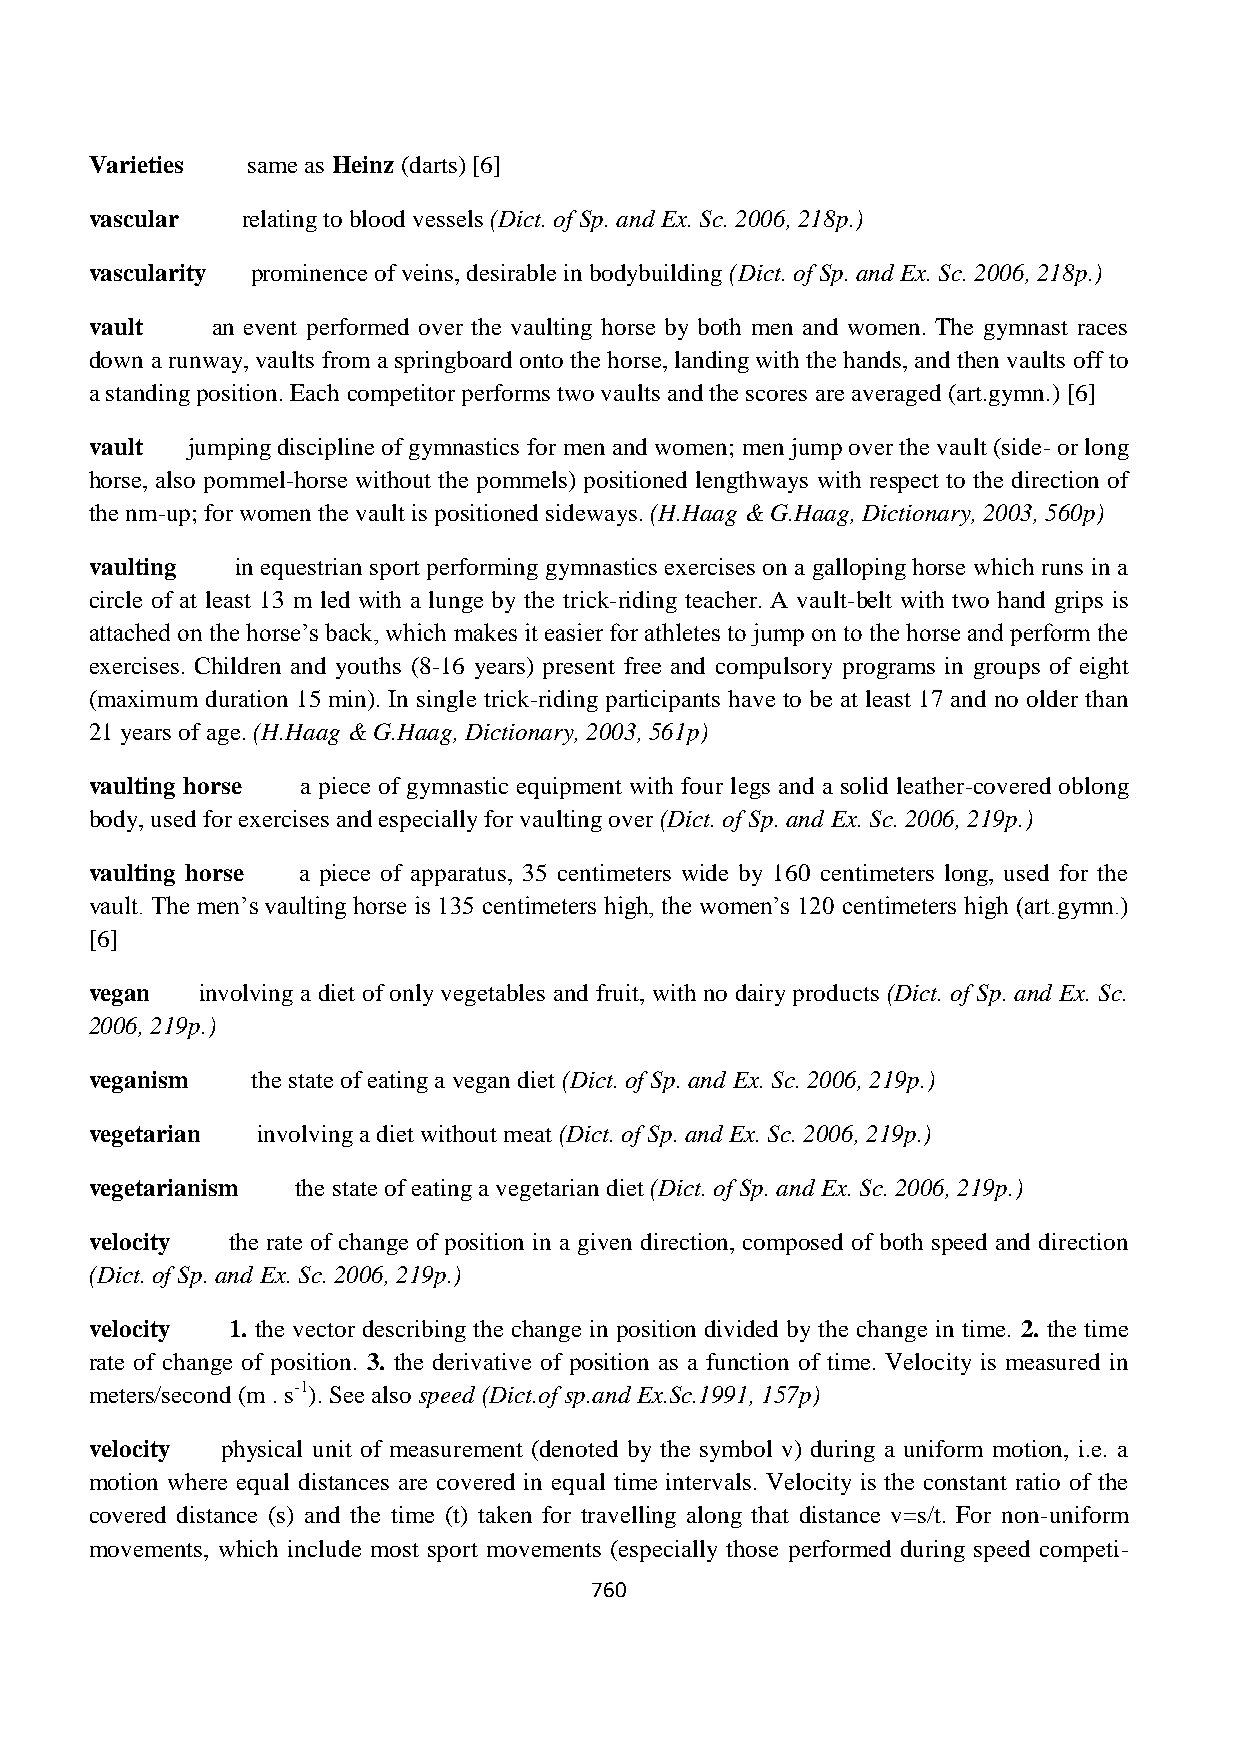
Varieties same as Heinz (darts) [6]
 vascular  relating to blood vessels (Dict. of Sp. and Ex. Sc. 2006, 218p.)
 vascularity prominence of veins, desirable in bodybuilding (Dict. of Sp. and Ex. Sc. 2006, 218p.)
 vault   an event performed over the vaulting horse by both men and women. The gymnast races
 down a runway, vaults from a springboard onto the horse, landing with the hands, and then vaults off to
 a standing position. Each competitor performs two vaults and the scores are averaged (art.gymn.) [6]
 vault jumping discipline of gymnastics for men and women; men jump over the vault (side- or long
 horse, also pommel-horse without the pommels) positioned lengthways with respect to the direction of
 the nm-up; for women the vault is positioned sideways. (H.Haag & G.Haag, Dictionary, 2003, 560p)
 vaulting  in equestrian sport performing gymnastics exercises on a galloping horse which runs in a
 circle of at least 13 m led with a lunge by the trick-riding teacher. A vault-belt with two hand grips is
 attached on the horse‟s back, which makes it easier for athletes to jump on to the horse and perform the
 exercises. Children and youths (8-16 years) present free and compulsory programs in groups of eight
 (maximum duration 15 min). In single trick-riding participants have to be at least 17 and no older than
 21 years of age. (H.Haag & G.Haag, Dictionary, 2003, 561p)
 vaulting horse a piece of gymnastic equipment with four legs and a solid leather-covered oblong
 body, used for exercises and especially for vaulting over (Dict. of Sp. and Ex. Sc. 2006, 219p.)
 vaulting horse a piece of apparatus, 35 centimeters wide by 160 centimeters long, used for the
 vault. The men‟s vaulting horse is 135 centimeters high, the women‟s 120 centimeters high (art.gymn.)
 [6]
 vegan  involving a diet of only vegetables and fruit, with no dairy products (Dict. of Sp. and Ex. Sc.
 2006, 219p.)
 veganism   the state of eating a vegan diet (Dict. of Sp. and Ex. Sc. 2006, 219p.)
 vegetarian involving a diet without meat (Dict. of Sp. and Ex. Sc. 2006, 219p.)
 vegetarianism the state of eating a vegetarian diet (Dict. of Sp. and Ex. Sc. 2006, 219p.)
 velocity the rate of change of position in a given direction, composed of both speed and direction
 (Dict. of Sp. and Ex. Sc. 2006, 219p.)
 velocity 1. the vector describing the change in position divided by the change in time. 2. the time
 rate of change of position. 3. the derivative of position as a function of time. Velocity is measured in
 meters/second (m . s-1). See also speed (Dict.of sp.and Ex.Sc.1991, 157p)
 velocity physical unit of measurement (denoted by the symbol v) during a uniform motion, i.e. a
 motion where equal distances are covered in equal time intervals. Velocity is the constant ratio of the
 covered distance (s) and the time (t) taken for travelling along that distance v=s/t. For non-uniform
 movements, which include most sport movements (especially those performed during speed competi-
 760